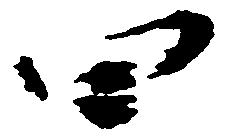
四